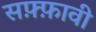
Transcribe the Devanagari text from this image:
सफ़्फ़ावी